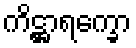
ကိဋ္ဌာရက္ခော